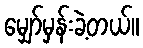
မျှော်မှန်းခဲ့တယ်။